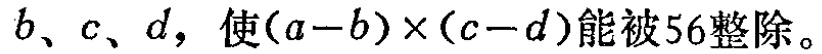
\(b、c、d，使(a - b)\times(c - d)能被56整除。\)